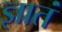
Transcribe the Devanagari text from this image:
ज्ञातं